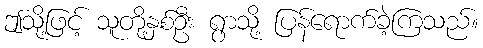
ဤသို့ဖြင့် သူတို့နှစ်ဦး ရွာသို့ ပြန်ရောက်ခဲ့ကြသည်။